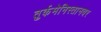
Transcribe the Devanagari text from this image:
तुर्कमेनिस्तानवर